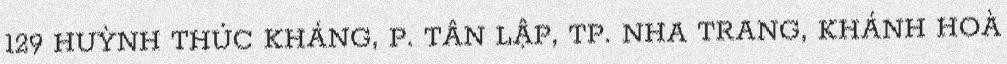
129 HUỲNH THÚC KHÁNG, P. TÂN LẬP, TP. NHA TRANG, KHÁNH HOÀ